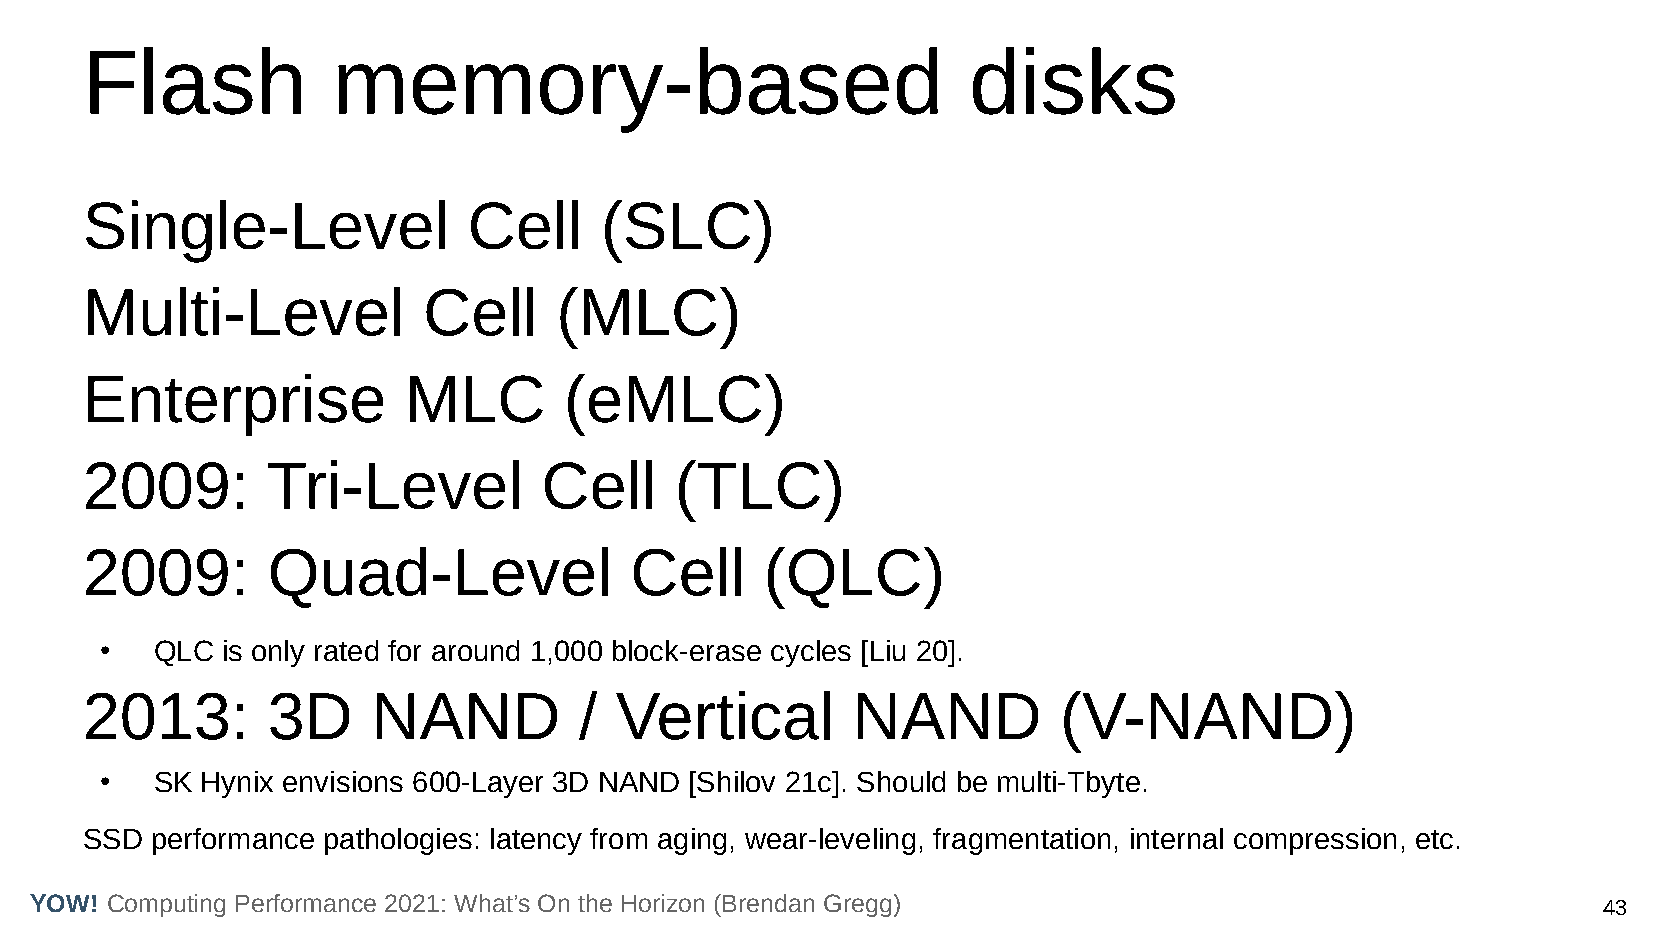
Flash            memory-based                              disks
 Single-Level              Cell     (SLC)
 Multi-Level            Cell     (MLC)
 Enterprise            MLC       (eMLC)
 2009:        Tri-Level         Cell     (TLC)
 2009:        Quad-Level              Cell     (QLC)
 ●  QLC  is only rated for around 1,000 block-erase cycles [Liu 20].
 2013:        3D     NAND         /  Vertical       NAND          (V-NAND)
 ●  SK Hynix envisions 600-Layer 3D NAND [Shilov 21c]. Should be multi-Tbyte.
 SSD  performance pathologies: latency from aging, wear-leveling, fragmentation, internal compression, etc.
 YOW! Computing Performance 2021: What’s On the Horizon (Brendan Gregg)                                  43